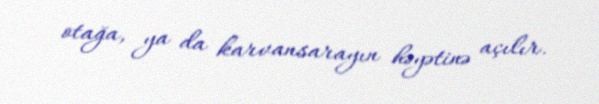
otağa, ya da karvansarayın həyətinə açılır.